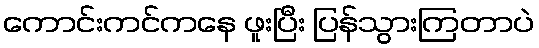
ကောင်းကင်ကနေ ဖူးပြီး ပြန်သွားကြတာပဲ